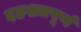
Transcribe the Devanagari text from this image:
दहशतपूर्ण